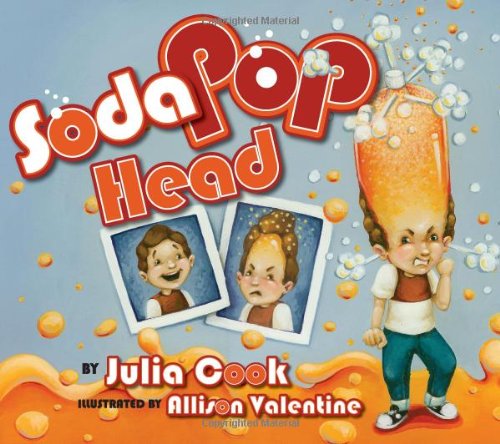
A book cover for Soda Pop Head; Julia Cook; Education & Teaching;